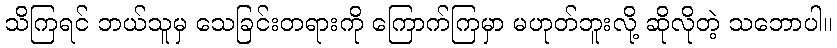
သိကြရင် ဘယ်သူမှ သေခြင်းတရားကို ကြောက်ကြမှာ မဟုတ်ဘူးလို့ ဆိုလိုတဲ့ သဘောပါ။